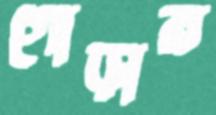
গোড়ার